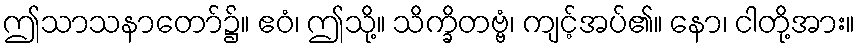
ဤသာသနာတော်၌။ ဧဝံ၊ ဤသို့။ သိက္ခိတဗ္ဗံ၊ ကျင့်အပ်၏။ နော၊ ငါတို့အား။